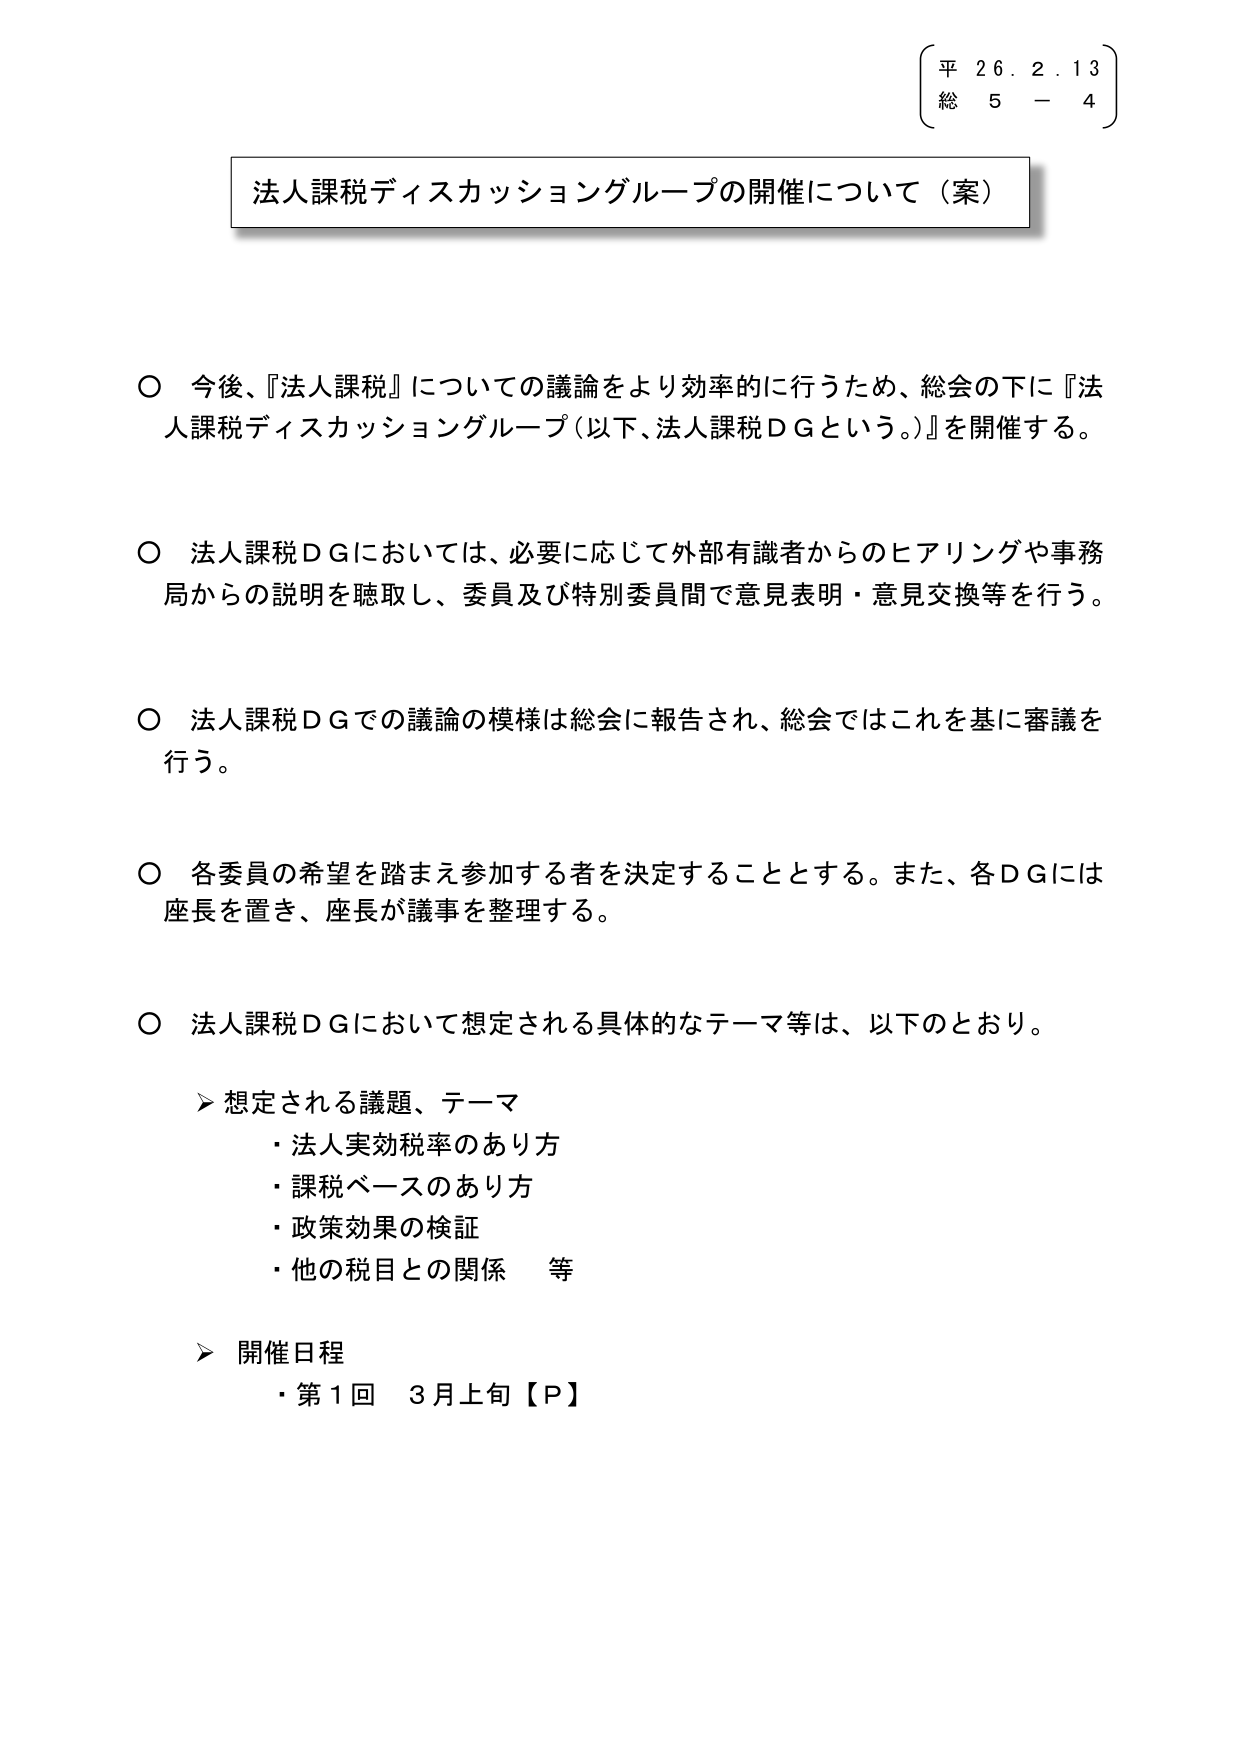
平 26.2.13
総 5 - 4

法人課税ディスカッショングループの開催について（案）

○ 今後、『法人課税』についての議論をより効率的に行うため、総会の下に『法人課税ディスカッショングループ（以下、法人課税ＤＧという。）』を開催する。

○ 法人課税ＤＧにおいては、必要に応じて外部有識者からのヒアリングや事務局からの説明を聴取し、委員及び特別委員間で意見表明・意見交換等を行う。

○ 法人課税ＤＧでの議論の模様は総会に報告され、総会ではこれを基に審議を行う。

○ 各委員の希望を踏まえ参加する者を決定することとする。また、各ＤＧには座長を置き、座長が議事を整理する。

○ 法人課税ＤＧにおいて想定される具体的なテーマ等は、以下のとおり。

　▶ 想定される議題、テーマ
　・法人実効税率のあり方
　・課税ベースのあり方
　・政策効果の検証
　・他の税目との関係　等

　▶ 開催日程
　・第１回　３月上旬【Ｐ】